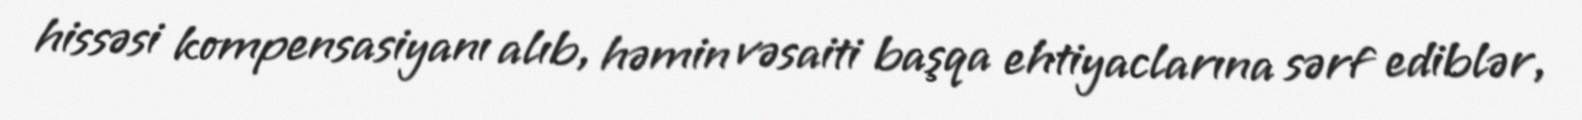
hissəsi kompensasiyanı alıb, həmin vəsaiti başqa ehtiyaclarına sərf ediblər,